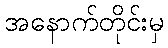
အနောက်တိုင်းမှ